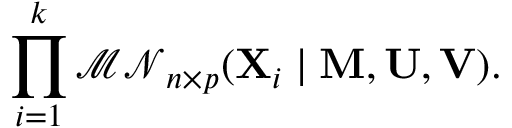
\prod _ { i = 1 } ^ { k } { \mathcal { M N } } _ { n \times p } ( \mathbf { X } _ { i } \mid \mathbf { M } , \mathbf { U } , \mathbf { V } ) .